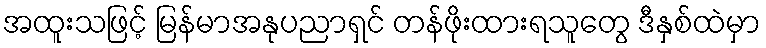
အထူးသဖြင့် မြန်မာအနုပညာရှင် တန်ဖိုးထားရသူတွေ ဒီနှစ်ထဲမှာ